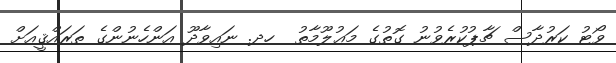
ވޯޓު ކަރުދާސް ޗާޕުކުރެވުނު ގޮތުގެ މަޢުލޫމާތު  ހދ. ނައިވާދޫ އަންހެނުންގެ ތަރައްޤީއަށް